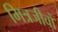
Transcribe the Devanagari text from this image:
मित्रजीवों